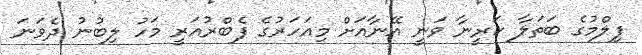
ފިލްމުގެ ބަތަލާ ކަރީނާ ވަނީ އޭނާއަށް މިއަހަރުގެ ފެބްރުއަރީ މަހު ލިބުނު ދެވަނަ